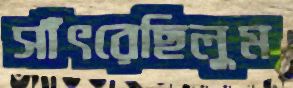
সাঁৎরেছিলুম